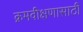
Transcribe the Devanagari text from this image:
क्रमवीक्षणासाठी